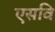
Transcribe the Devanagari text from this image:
एसवि